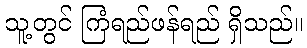
သူ့တွင် ကြံရည်ဖန်ရည် ရှိသည်။